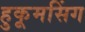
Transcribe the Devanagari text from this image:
हुकूमसिंग